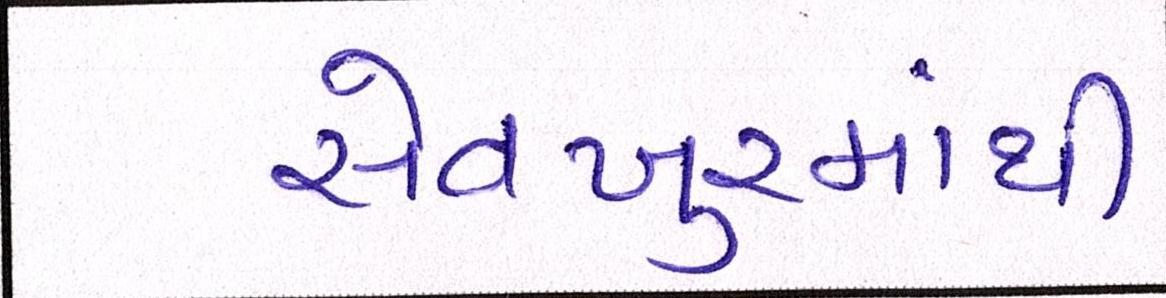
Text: સેવખુરમાંથી